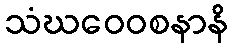
သံဃဝေဝစနာနိ